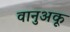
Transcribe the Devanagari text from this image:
वानुअकू